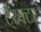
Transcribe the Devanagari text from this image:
टै्रक्टर